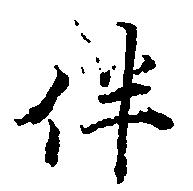
伴